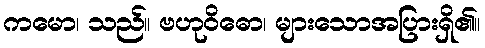
ကမော၊ သည်။ ဗဟုဝိဓော၊ များသောအပြားရှိ၏။